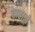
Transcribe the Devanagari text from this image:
चाराने